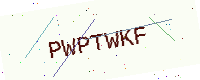
Text: PWPTWKF